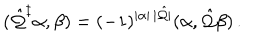
LaTeX: ( \hat { \cal Q } ^ { \ddagger } \alpha , \beta ) = ( - 1 ) ^ { | \alpha | \, | \hat { \cal Q } | } ( \alpha , \hat { \cal Q } \beta ) \, .